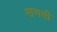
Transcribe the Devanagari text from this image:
माणसी